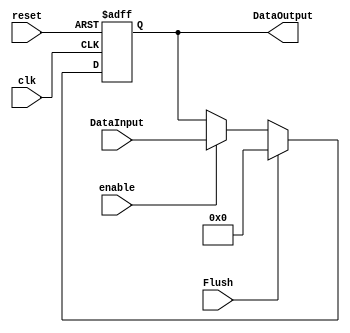
/******************************************************************
* Description
*	This the basic register that is used in the register file
*	1.0
* Author:
*	Luis David Gallegos Godoy
* email:
*	is709571@iteso.mx
* Date:
*	08/07/2019
******************************************************************/
module Pipe
#(
	parameter N=128
)
(
	input clk,
	input reset,
	input enable,
	input  [N-1:0] DataInput,
	input Flush,

	output reg [N-1:0] DataOutput
);

always@(negedge reset or negedge clk) begin
	if(reset==0)
		DataOutput <= 0;
	else if(Flush==1)
			DataOutput <= 0;
	else if(enable==1)
				DataOutput<=DataInput;
end

endmodule
//register//